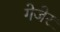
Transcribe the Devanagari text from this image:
गेजेर